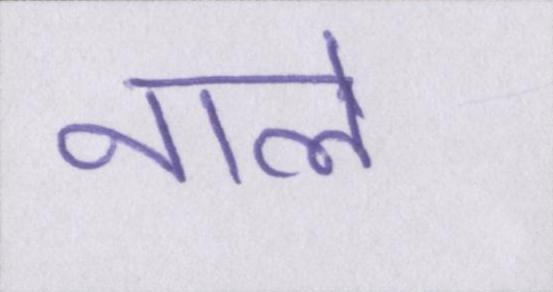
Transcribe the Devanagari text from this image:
नाले